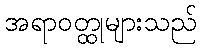
အရာဝတ္ထုများသည်